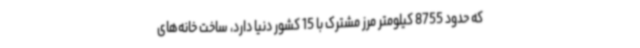
که حدود 8755 کیلومتر مرز مشترک با 15 کشور دنیا دارد، ساخت خانه‌های